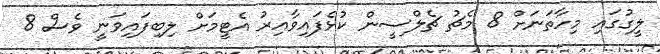
ލީގުގައި މިހާތަަނަށް 8 މެޗު ޗެލްސީން ކުޅެފައިވާއިރު އެޓީމަށް ލިބިފައިވަނީ ވެސް 8